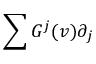
\sum G ^ { j } ( \boldsymbol { v } ) \partial _ { j }